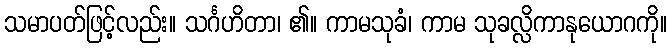
သမာပတ်ဖြင့်လည်း။ သင်္ဂဟိတာ၊ ၏။ ကာမသုခံ၊ ကာမ သုခလ္လိကာနုယောဂကို။